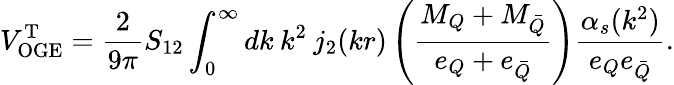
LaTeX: V_{\mathrm{OGE}}^{\mathrm{T}}=\frac{2}{9\pi}S_{12}\int_{0}^{\infty}dk\: k^{2}\: j_{2}(kr)\left(\frac{M_{Q}+M_{\bar{Q}}}{e_{Q}+e_{\bar{Q}}}\right)\frac{\alpha_{s}(k^{2})}{e_{Q}e_{\bar{Q}}}.